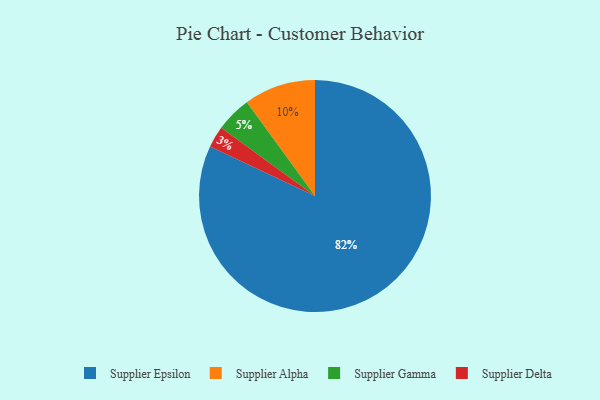
{"axis": {"x": "Category", "y": "Percentage"}, "legend": ["Supplier Alpha", "Supplier Delta", "Supplier Epsilon", "Supplier Gamma"], "data": [{"x": "Supplier Alpha", "y": 10, "type": "Supplier Alpha"}, {"x": "Supplier Gamma", "y": 5, "type": "Supplier Gamma"}, {"x": "Supplier Delta", "y": 3, "type": "Supplier Delta"}, {"x": "Supplier Epsilon", "y": 82, "type": "Supplier Epsilon"}]}